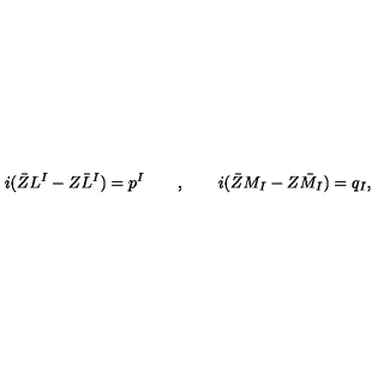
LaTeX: i ( \bar { Z } L ^ { I } - Z \bar { L } ^ { I } ) = p ^ { I } \qquad , \qquad i ( \bar { Z } M _ { I } - Z \bar { M } _ { I } ) = q _ { I } ,